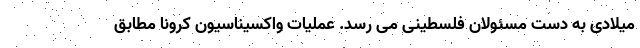
میلادی به دست مسئولان فلسطینی می رسد. عملیات واکسیناسیون کرونا مطابق